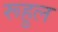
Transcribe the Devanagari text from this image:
रूहुल